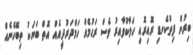
ބިރުން ފިތްކެނޑި ރޮއިރޮއި ހަލާކުވާއިރު ވެސް ރަޙުމެއް ހަމްދަރުދީއެއް އޮތް ބަޔަކު ތިބޭހެނެއް